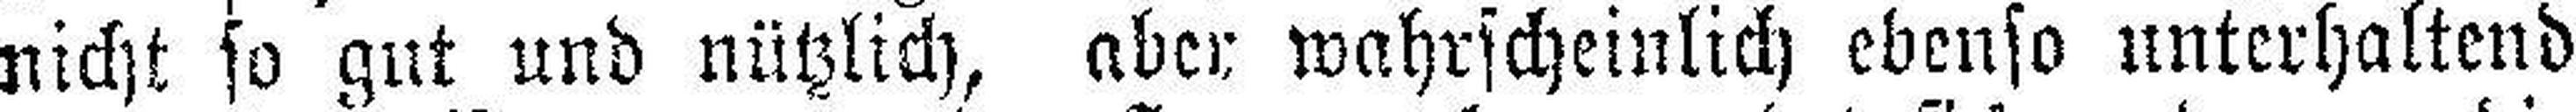
nicht so gut und nützlich, aber wahrscheinlich ebenso unterhaltend